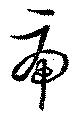
虎